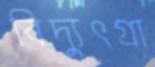
বিদ্যুৎগ্রা